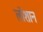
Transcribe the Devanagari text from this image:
लोंशान